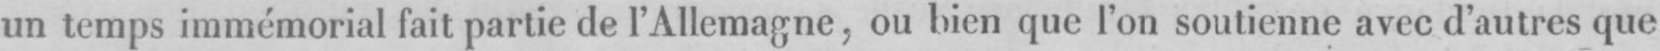
un temps immémorial fait partie de l’Allemagne, ou bien que l’on soutienne avec d’autres que